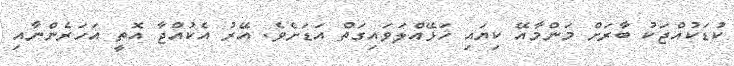
ކުޑަކުއްޖަކު ބާރަށް މަންމާއޭ ކިޔައި ހަޅޭއްލަވައިގަތް އަޑަށެވެ. އޭރު އެކުއްޖާ އޮތީ އަހަރެންނާއި